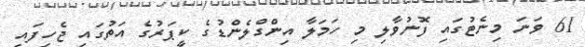
61 ވަނަ މިނެޓުގައި ފޮނުވާލި މި ހަމަލާ އިންގްްލެންޑުގެ ކީޕަރުގެ އަތުގައި ޖެހިފައި